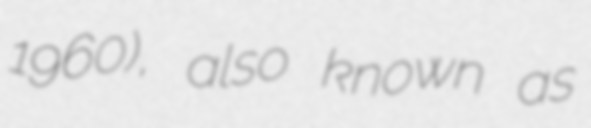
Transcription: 1960), also known as